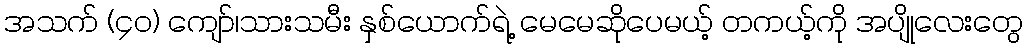
အသက် (၄၀) ကျော်၊သားသမီး နှစ်ယောက်ရဲ့ မေမေဆိုပေမယ့် တကယ့်ကို အပျိုလေးတွေ